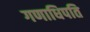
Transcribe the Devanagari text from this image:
गणाधिपति